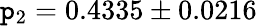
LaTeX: \mathtt{p}_{2}=0.4335\pm0.0216